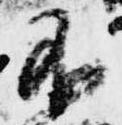
不